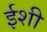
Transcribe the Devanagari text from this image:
ईशी